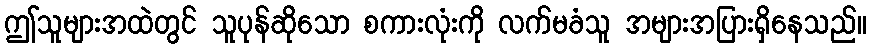
ဤသူများအထဲတွင် သူပုန်ဆိုသော စကားလုံးကို လက်မခံသူ အများအပြားရှိနေသည်။